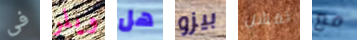
فى ويلر هل بيزو نفشل مع